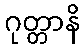
ဂုတ္တာနိ